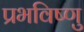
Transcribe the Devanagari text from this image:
प्रभविष्णु